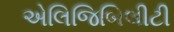
એલિજિબિલીટી